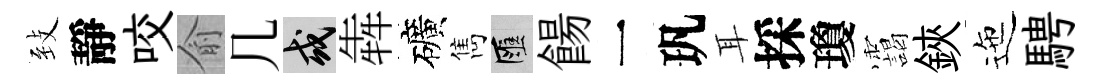
𦤺靜咬俞几或犇礦雋匯餳一㺬耳採瓊靄鋏迤騁